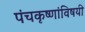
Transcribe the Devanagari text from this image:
पंचकृष्णांविषयी